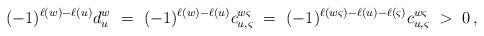
LaTeX: \begin{align*} (-1)^{\ell(w)-\ell(u)}d^w_u\ =\ (-1)^{\ell(w)-\ell(u)}c^{w\varsigma}_{u,\varsigma}\ =\ (-1)^{\ell(w\varsigma)-\ell(u)-\ell(\varsigma)}c^{w\varsigma}_{u,\varsigma}\ >\ 0\,,\end{align*}